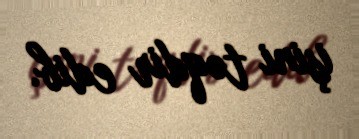
işini təqdir edib.